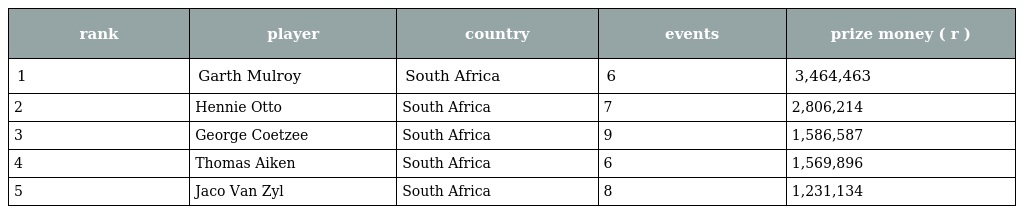
| rank | player | country | events | prize money ( r ) |
 | --- | --- | --- | --- | --- |
 | 1 | Garth Mulroy | South Africa | 6 | 3,464,463 |
 | 2 | Hennie Otto | South Africa | 7 | 2,806,214 |
 | 3 | George Coetzee | South Africa | 9 | 1,586,587 |
 | 4 | Thomas Aiken | South Africa | 6 | 1,569,896 |
 | 5 | Jaco Van Zyl | South Africa | 8 | 1,231,134 |